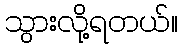
သွားလို့ရတယ်။